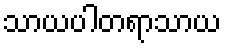
သာယပါတရာသာယ